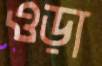
ওড়া